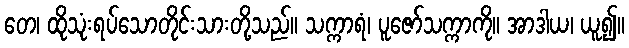
တေ၊ ထိုသုံးရပ်သောတိုင်းသားတို့သည်။ သက္ကာရံ၊ ပူဇော်သက္ကာကို။ အာဒါယ၊ ယူ၍။